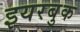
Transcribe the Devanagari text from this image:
इयरबुक